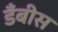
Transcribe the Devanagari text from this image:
डँबीस